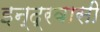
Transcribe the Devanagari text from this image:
इन्द्रवासी